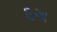
ઠગ